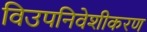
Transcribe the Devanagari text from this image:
विउपनिवेशीकरण